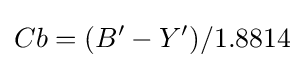
Cb=(B'-Y')/1.8814